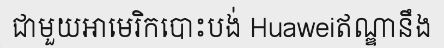
ជាមួយអាមេរិកបោះបង់ Huaweiឥណ្ឌានឹង